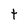
Character: t